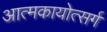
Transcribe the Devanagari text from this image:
आत्मकायोत्सर्ग